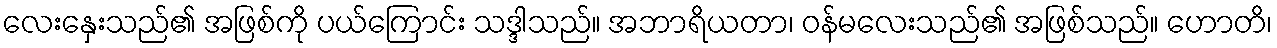
လေးနှေးသည်၏ အဖြစ်ကို ပယ်ကြောင်း သဒ္ဒါသည်။ အဘာရိယတာ၊ ဝန်မလေးသည်၏ အဖြစ်သည်။ ဟောတိ၊